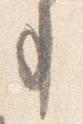
事